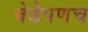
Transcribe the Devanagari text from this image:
वेडेपणच